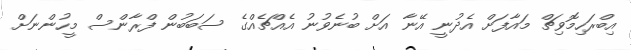
އިބްރަހިމޮވިޗް މައާފަށް އެދުނީ އޭނާ އަށް ބުނެވުނު އެއްޗެއްގެ ސަބަބުން ފްރާންސް މީހުންނަށް